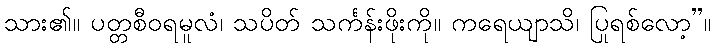
သား၏။ ပတ္တစီဝရမူလံ၊ သပိတ် သင်္ကန်းဖိုးကို။ ကရေယျာသိ၊ ပြုရစ်လော့”။